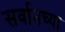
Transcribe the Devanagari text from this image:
सर्वानच्या